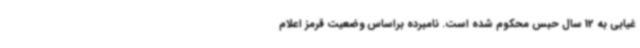
غیابی به 12 سال حبس محکوم شده است. نامبرده براساس وضعیت قرمز اعلام